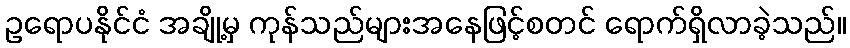
ဥရောပနိုင်ငံ အချို့မှ ကုန်သည်များအနေဖြင့်စတင် ရောက်ရှိလာခဲ့သည်။